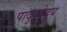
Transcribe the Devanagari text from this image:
पादुकोदय